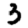
Digit: 3